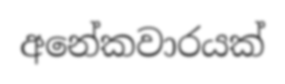
අනේකවාරයක්